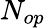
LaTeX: N_{op}